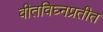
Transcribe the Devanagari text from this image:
वीतविघ्नप्रतीत